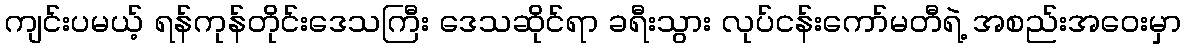
ကျင်းပမယ့် ရန်ကုန်တိုင်းဒေသကြီး ဒေသဆိုင်ရာ ခရီးသွား လုပ်ငန်းကော်မတီရဲ့ အစည်းအဝေးမှာ